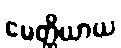
မေတ္တိယာယ